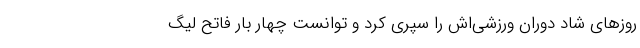
روزهای شاد دوران ورزشی‌اش را سپری کرد و توانست چهار بار فاتح لیگ